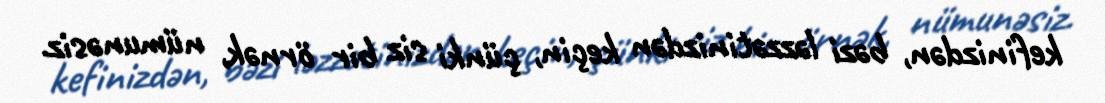
kefinizdən, bəzi ləzzətinizdən keçin, çünki siz bir örnək, nümunəsiz.